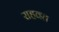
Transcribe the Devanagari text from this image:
राहवत